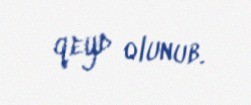
qeyd olunub.